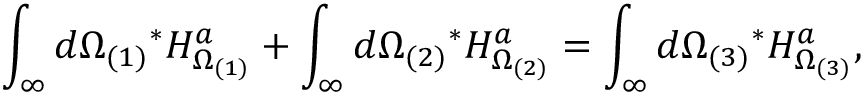
\int _ { \infty } d \Omega _ { ( 1 ) } { } ^ { * } H _ { \Omega _ { ( 1 ) } } ^ { a } + \int _ { \infty } d \Omega _ { ( 2 ) } { } ^ { * } H _ { \Omega _ { ( 2 ) } } ^ { a } = \int _ { \infty } d \Omega _ { ( 3 ) } { } ^ { * } H _ { \Omega _ { ( 3 ) } } ^ { a } ,